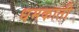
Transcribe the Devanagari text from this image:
धमकाती